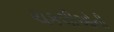
ચકલીઓની